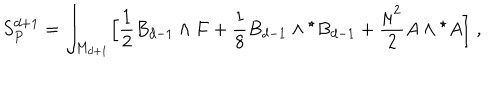
LaTeX: S _ { P } ^ { d + 1 } = \int _ { M _ { d + 1 } } \Bigl [ { \frac { 1 } { 2 } } B _ { d - 1 } \wedge F + { \frac { 1 } { 8 } } B _ { d - 1 } \wedge { } ^ { \star } B _ { d - 1 } + { \frac { \mu ^ { 2 } } { 2 } } A \wedge { } ^ { \star } A \Bigl ] \; ,